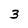
Character: 3